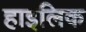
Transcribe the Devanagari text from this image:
हाइलिक